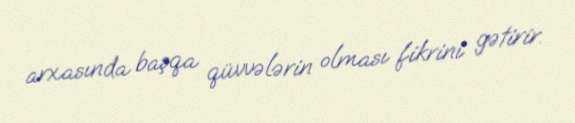
arxasında başqa qüvvələrin olması fikrini gətirir.